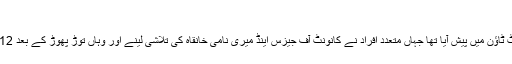
‘
ریپ کا یہ واقعہ کولکتہ سے 80 کلومیٹر دور رانا گھاٹ ٹاؤن میں پیش آیا تھا جہاں متعدد افراد نے کانونٹ آف جيزس اینڈ میری نامی خانقاہ کی تلاشی لینے اور وہاں توڑ پھوڑ کے بعد 12 لاکھ روپے چرائے اور پھر ایک راہبہ کو ریپ کیا تھا۔